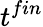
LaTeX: t^{fin}